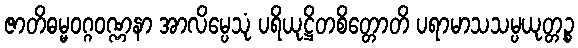
ဇာတိဓမ္မဝဂ္ဂဝဏ္ဏနာ အာလိမ္ပေသုံ ပရိယုဋ္ဌိတစိတ္တောတိ ပရာမာသသမ္ပယုတ္တဉ္စ